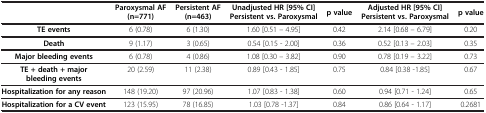
<table><thead><tr><td><b> </b></td><td><b>Paroxysmal AF (n=771)</b></td><td><b>Persistent AF (n=463)</b></td><td><b>Unadjusted HR [95% CI] Persistent vs. Paroxysmal</b></td><td><b>p value</b></td><td><b>Adjusted HR [95% CI] Persistent vs. Paroxysmal</b></td><td><b>p value</b></td></tr></thead><tbody><tr><td><b>TE events</b></td><td>6 (0.78)</td><td>6 (1.30)</td><td>1.60 [0.51 – 4.95]</td><td>0.42</td><td>2.14 [0.68 – 6.79]</td><td>0.20</td></tr><tr><td><b>Death</b></td><td>9 (1.17)</td><td>3 (0.65)</td><td>0.54 [0.15 - 2.00]</td><td>0.36</td><td>0.52 [0.13 – 2.03]</td><td>0.35</td></tr><tr><td><b>Major bleeding events</b></td><td>6 (0.78)</td><td>4 (0.86)</td><td>1.08 [0.30 – 3.82]</td><td>0.90</td><td>0.78 [0.19 – 3.22]</td><td>0.73</td></tr><tr><td><b>TE + death + major bleeding events</b></td><td>20 (2.59)</td><td>11 (2.38)</td><td>0.89 [0.43 - 1.85]</td><td>0.75</td><td>0.84 [0.38 -1.85]</td><td>0.67</td></tr><tr><td><b>Hospitalization for any reason</b></td><td>148 (19.20)</td><td>97 (20.96)</td><td>1.07 [0.83 - 1.38]</td><td>0.60</td><td>0.94 [0.71 - 1.24]</td><td>0.65</td></tr><tr><td><b>Hospitalization for a CV event</b></td><td>123 (15.95)</td><td>78 (16.85)</td><td>1.03 [0.78 -1.37]</td><td>0.84</td><td>0.86 [0.64 - 1.17]</td><td>0.2681</td></tr></tbody></table>